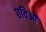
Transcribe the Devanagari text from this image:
छविओं